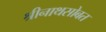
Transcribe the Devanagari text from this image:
श्रीनाथसोबत